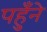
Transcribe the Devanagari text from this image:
पहुँने